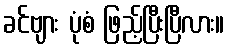
ခင်ဗျား ပုံစံ ဖြည့်ပြီးပြီလား။